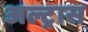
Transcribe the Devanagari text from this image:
अल्ट्रास